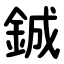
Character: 鋮